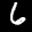
Label: 6